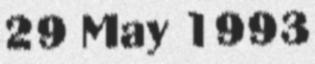
29 May 1993